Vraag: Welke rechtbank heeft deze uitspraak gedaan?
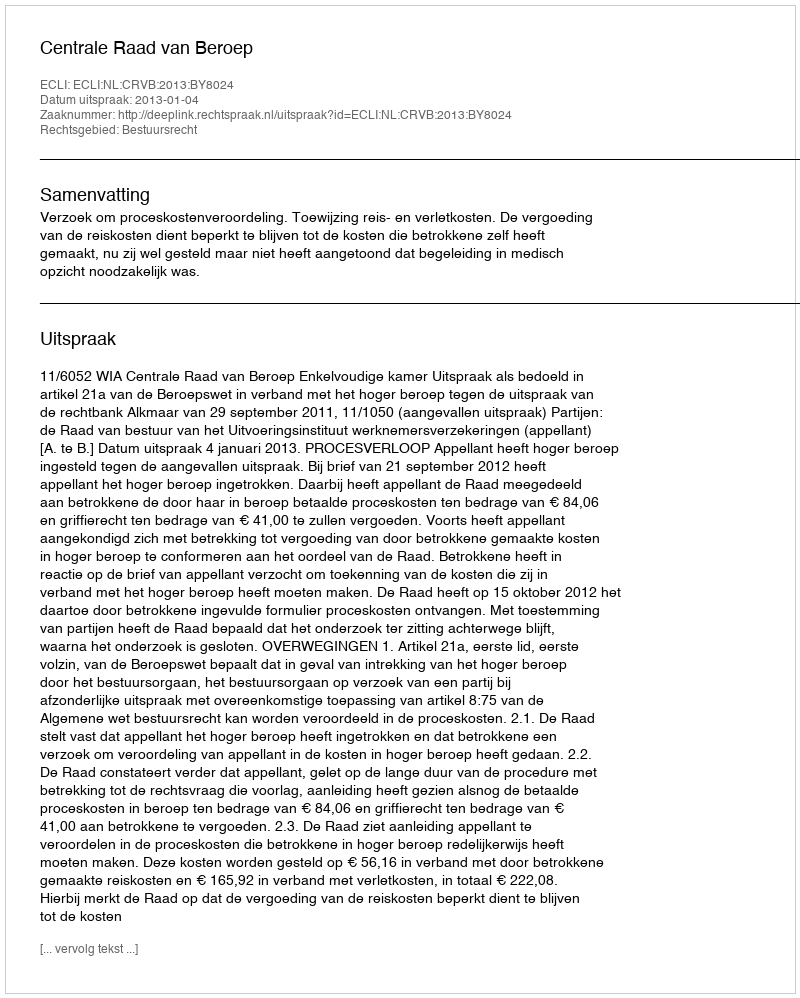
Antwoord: Centrale Raad van Beroep